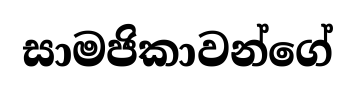
සාමජිකාවන්ගේ